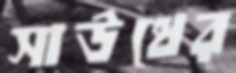
সাউথের